Report on sanitation, dispensaries, and jails in Rajputana for 1921, and on vaccination for the year 1921-1922 - 1921-1922
Year: 1921
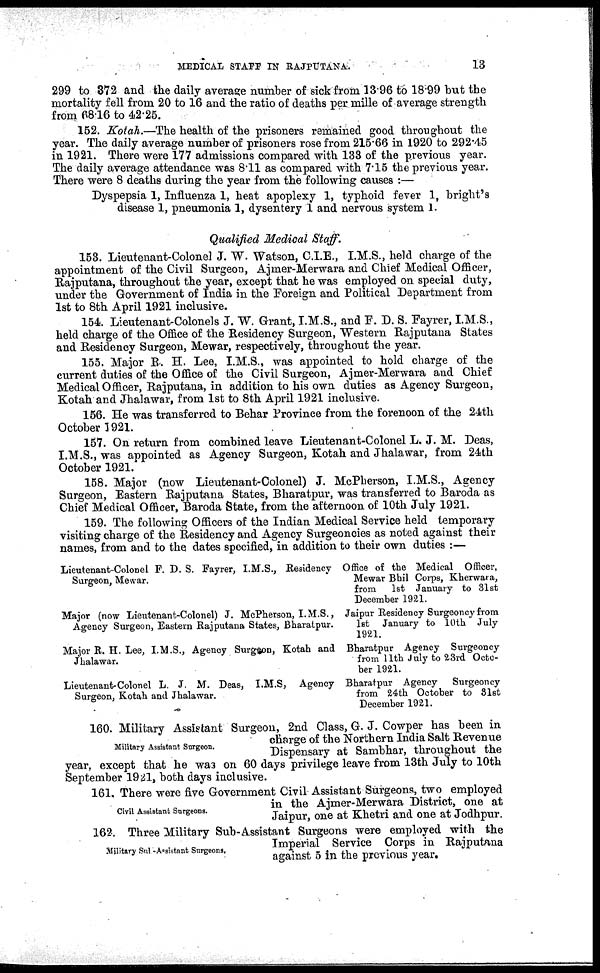
MEDICAL STAFF IN RAJPUTANA.
13
299 to 372 and the daily average number of sick from 13.96 to 18.99 but the
mortality fell from 20 to 16 and the ratio of deaths per mille of average strength
from 68.16 to 42.25.
152. Kotah.—The health of the prisoners remained good throughout the
year. The daily average number of prisoners rose from 215.66 in 1920 to 292.45
in 1921. There were 177 admissions compared with 133 of the previous year.
The daily average attendance was 8.11 as compared with 7.15 the previous year.
There were 8 deaths during the year from the following causes :—
Dyspepsia 1, Influenza 1, heat apoplexy 1, typhoid fever 1, bright's
disease 1, pneumonia 1, dysentery 1 and nervous system 1.
Qualified Medical Staff.
153. Lieutenant-Colonel J. W. Watson, C.I.E., I.M.S., held charge of the
appointment of the Civil Surgeon, Ajmer-Merwara and Chief Medical Officer,
Rajputana, throughout the year, except that he was employed on special duty,
under the Government of India in the Foreign and Political Department from
1st to 8th April 1921 inclusive.
154. Lieutenant-Colonels J. W. Grant, I.M.S., and F. D. S. Fayrer, I.M.S.,
held charge of the Office of the Residency Surgeon, Western Rajputana States
and Residency Surgeon, Mewar, respectively, throughout the year.
155. Major B. H. Lee, I.M.S., was appointed to hold charge of the
current duties of the Office of the Civil Surgeon, Ajmer-Merwara and Chief
Medical Officer, Rajputana, in addition to his own duties as Agency Surgeon,
Kotah and Jhalawar, from 1st to 8th April 1921 inclusive.
156. He was transferred to Behar Province from the forenoon of the 24th
October 1 21.
157. On return from combined leave Lieutenant-Colonel L. J. M. Deas,
I.M.S., was appointed as Agency Surgeon, Kotah and Jhalawar, from 24th
October 1921.
158. Major (now Lieutenant-Colonel) J. McPherson, I.M.S., Agency
Surgeon, Eastern Rajputana States, Bharatpur, was transferred to Baroda as
Chief Medical Officer, Baroda State, from the afternoon of 10th July 1921.
159. The following Officers of the Indian Medical Service held temporary
visiting charge of the Residency and Agency Surgeoncies as noted against their
names, from and to the dates specified, in addition to their own duties :—
Lieutenant-Colonel P. D. S. Fayrer, I.M.S., Residency
Surgeon, Mewar.
Major (now Lieutenant-Colonel) J. McPherson, I.M.S.,
Agency Surgeon, Eastern Rajputana States, Bharatpur.
Major R. H. Lee, I.M.S., Agency Surgeon, Kotah and
Jhalawar.
Lieutenant-Colon el L. J. M. Deas, I.M.S, Agency
Surgeon, Kotah and Jhalawar.
Office of the Medical Officer,
Mewar Bhil Corps, Kherwara,
from
1st January to 31st
December 1921.
Jaipur Residency Surgeoncy from
1st January to 10th July
1921.
Bharatpur Agency Surgeoncy
from 11th July to 23rd Octo-
ber 1921.
Bharatpur Agency
Surgeoncy
from 24 th October to 31st
December 1921.
Military Assistant Surgeon.
160. Military Assistant Surgeon, 2nd Class, G. J. Cowper has been in
charge of the Northern India Salt Revenue
Dispensary at Sambhar, throughout the
year, except that he was on 60 days privilege leave from 13th July to 10th
September 1921, both days inclusive.
Civil Assistant Surgeons.
161. There were five Government Civil Assistant Surgeons, two employed
in the Ajmer-Merwara District, one at
Jaipur, one at Khetri and one at Jodhpur.
Military Sub-Assistant Surgeons.
162. Three Military Sub-Assistant Surgeons were employed with the
Imperial Service Corps in Rajputana
against 5 in the previous year.